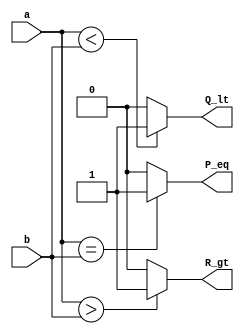
module fbbmc_d(a,b, P_eq, Q_lt, R_gt);
input [3:0]a,b;
output P_eq, Q_lt, R_gt;
assign P_eq=(a==b)?1:0;
assign Q_lt=(a<b)?1:0;
assign R_gt=(a>b)?1:0;

endmodule